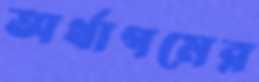
অর্থাগমের